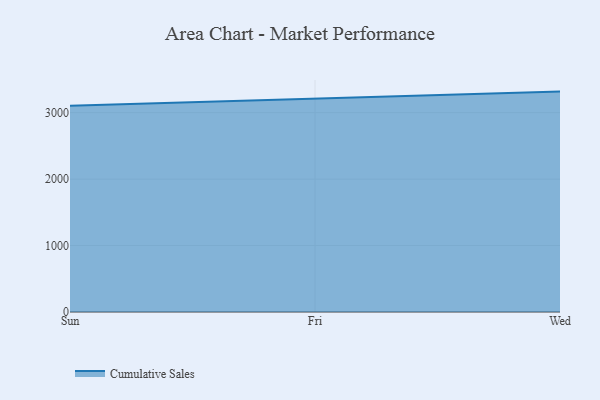
{"axis": {"x": "Day", "y": "Latency (ms)"}, "legend": ["Cumulative Sales"], "data": [{"x": "Sun", "y": 3104.5, "type": "Cumulative Sales"}, {"x": "Fri", "y": 3215.0, "type": "Cumulative Sales"}, {"x": "Wed", "y": 3317.8, "type": "Cumulative Sales"}]}